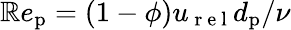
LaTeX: \mathbb{R}e_{\mathrm{{p}}}=(1-\phi)u_{\mathrm{{~r~e~l~}}}d_{\mathrm{{p}}}/\nu